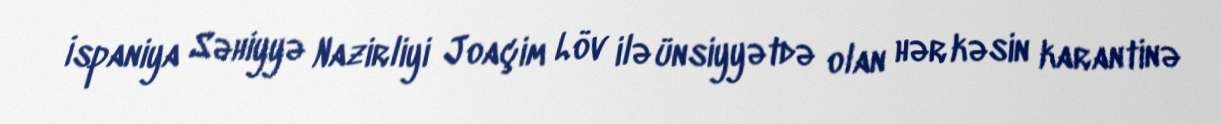
İspaniya Səhiyyə Nazirliyi Joaçim Löv ilə ünsiyyətdə olan hər kəsin karantinə